system: You are a helpful assistant.
user:
Analyze the provided spectrum to determine if it is a **S-type Star**.

- **Key Indicators for S-type Star:**

    - **(Overall Spectrum Shape):** The first and most obvious characteristic is the overall continuum (the "baseline" shape). It is **extremely "red-sloping,"** meaning the flux (light intensity) is very low on the left side (blue, ~4000-4500 Å) and rises steeply and continuously toward the right side (red, ~7000 Å+).

    - **(Primary):** The spectrum is defined by the presence of strong, broad molecular absorption "valleys" (bands) from **Zirconium Oxide (ZrO)**. The identification of these bands is the **primary requirement** for classifying a star as S-type.
        - **(Key Bandheads):** You must find distinct, deep "dips" where the light has been absorbed. The most critical band systems to locate are:
            - **~6474 Å** ($\gamma$-system): This is often the strongest and clearest ZrO feature, found in the red part of the spectrum.
            - **~5718 Å** & **~5551 Å** ($\beta$-system): A pair of prominent absorption features in the yellow-orange part of the spectrum.
            - **~4640 Å** ($\alpha$-system): A key absorption band system in the blue-green region of the spectrum.

    - **(Secondary Confirmation):** The classification is strengthened by finding additional absorption bands from other related heavy element oxides, which are expected to be present alongside ZrO.
        - **(Key Bandheads):**
            - **Yttrium Oxide (YO):** Look for absorption dips near **~4800 Å** and **~6100 Å**.
            - **Lanthanum Oxide (LaO):** Additional absorption features, particularly in the red-orange part of the spectrum, are also characteristic.

    - **(Line Profile):** The combination of the steep red continuum and these numerous, deep molecular bands (ZrO, YO, etc.) gives the entire spectrum a very **"chopped-up"** or **"bumpy"** appearance. Instead of a smooth curve, the spectrum looks as though large, wide chunks of light have been "carved out" of it at the specific wavelengths listed above.

Think first, call **spectral_visualization_tool** if needed to examine features in detail, then provide your final answer. Your response must adhere to the following strict rules:
1.  **Overall Structure:** Your response must follow the format `<think>...</think> <tool_call>...</tool_call> (if a tool is used) <answer>...</answer>`.
2.  **Tool Usage Constraint:** You may only make **one** tool call per turn.
3.  **Final Answer Format:** In the `<answer>` tag, your conclusion must be inside a `\boxed{}` command (e.g., `\boxed{YES}` or `\boxed{NO}`), followed by your justification.

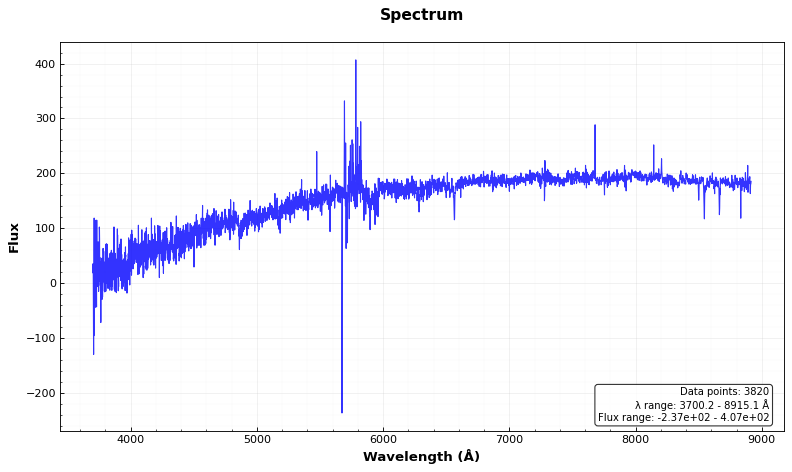
Answer: NO